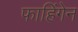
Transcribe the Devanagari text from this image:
फाहिंगेन